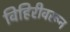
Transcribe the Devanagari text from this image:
विहिरीवरून